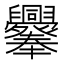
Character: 𦧁